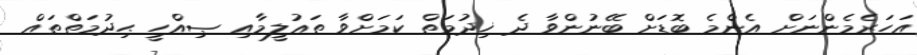
އަހަރެމެންނަށް އެންމެ ބޮޑަށް ބޭނުންވާ ދެ ޚިދުމަތް ކަމަށްވާ ތަޢުލީމާއި ޞިއްހީ ޙިދުމަތްތައް